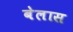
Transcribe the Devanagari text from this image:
बेलास